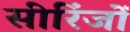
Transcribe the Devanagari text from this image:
सीरिंजों